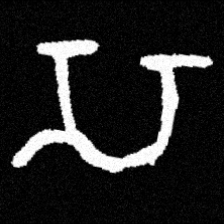
Pyu character \u2014 Myanmar letter: သ (romanized: sa)